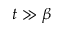
t \gg \beta